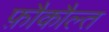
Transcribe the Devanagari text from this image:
फ़ौकौल्त